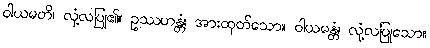
ဝါယမတိ၊ လုံ့လပြု၏။ ဥဿဟန္တံ၊ အားထုတ်သော။ ဝါယမန္တံ၊ လုံ့လပြုသော။